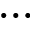
\ldots